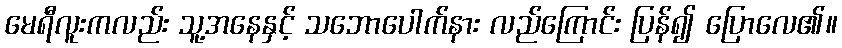
မေရီလူးကလည်း သူ့အနေနှင့် သဘောပေါက်နား လည်ကြောင်း ပြန်၍ ပြောလေ၏။